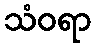
သံဝရာ